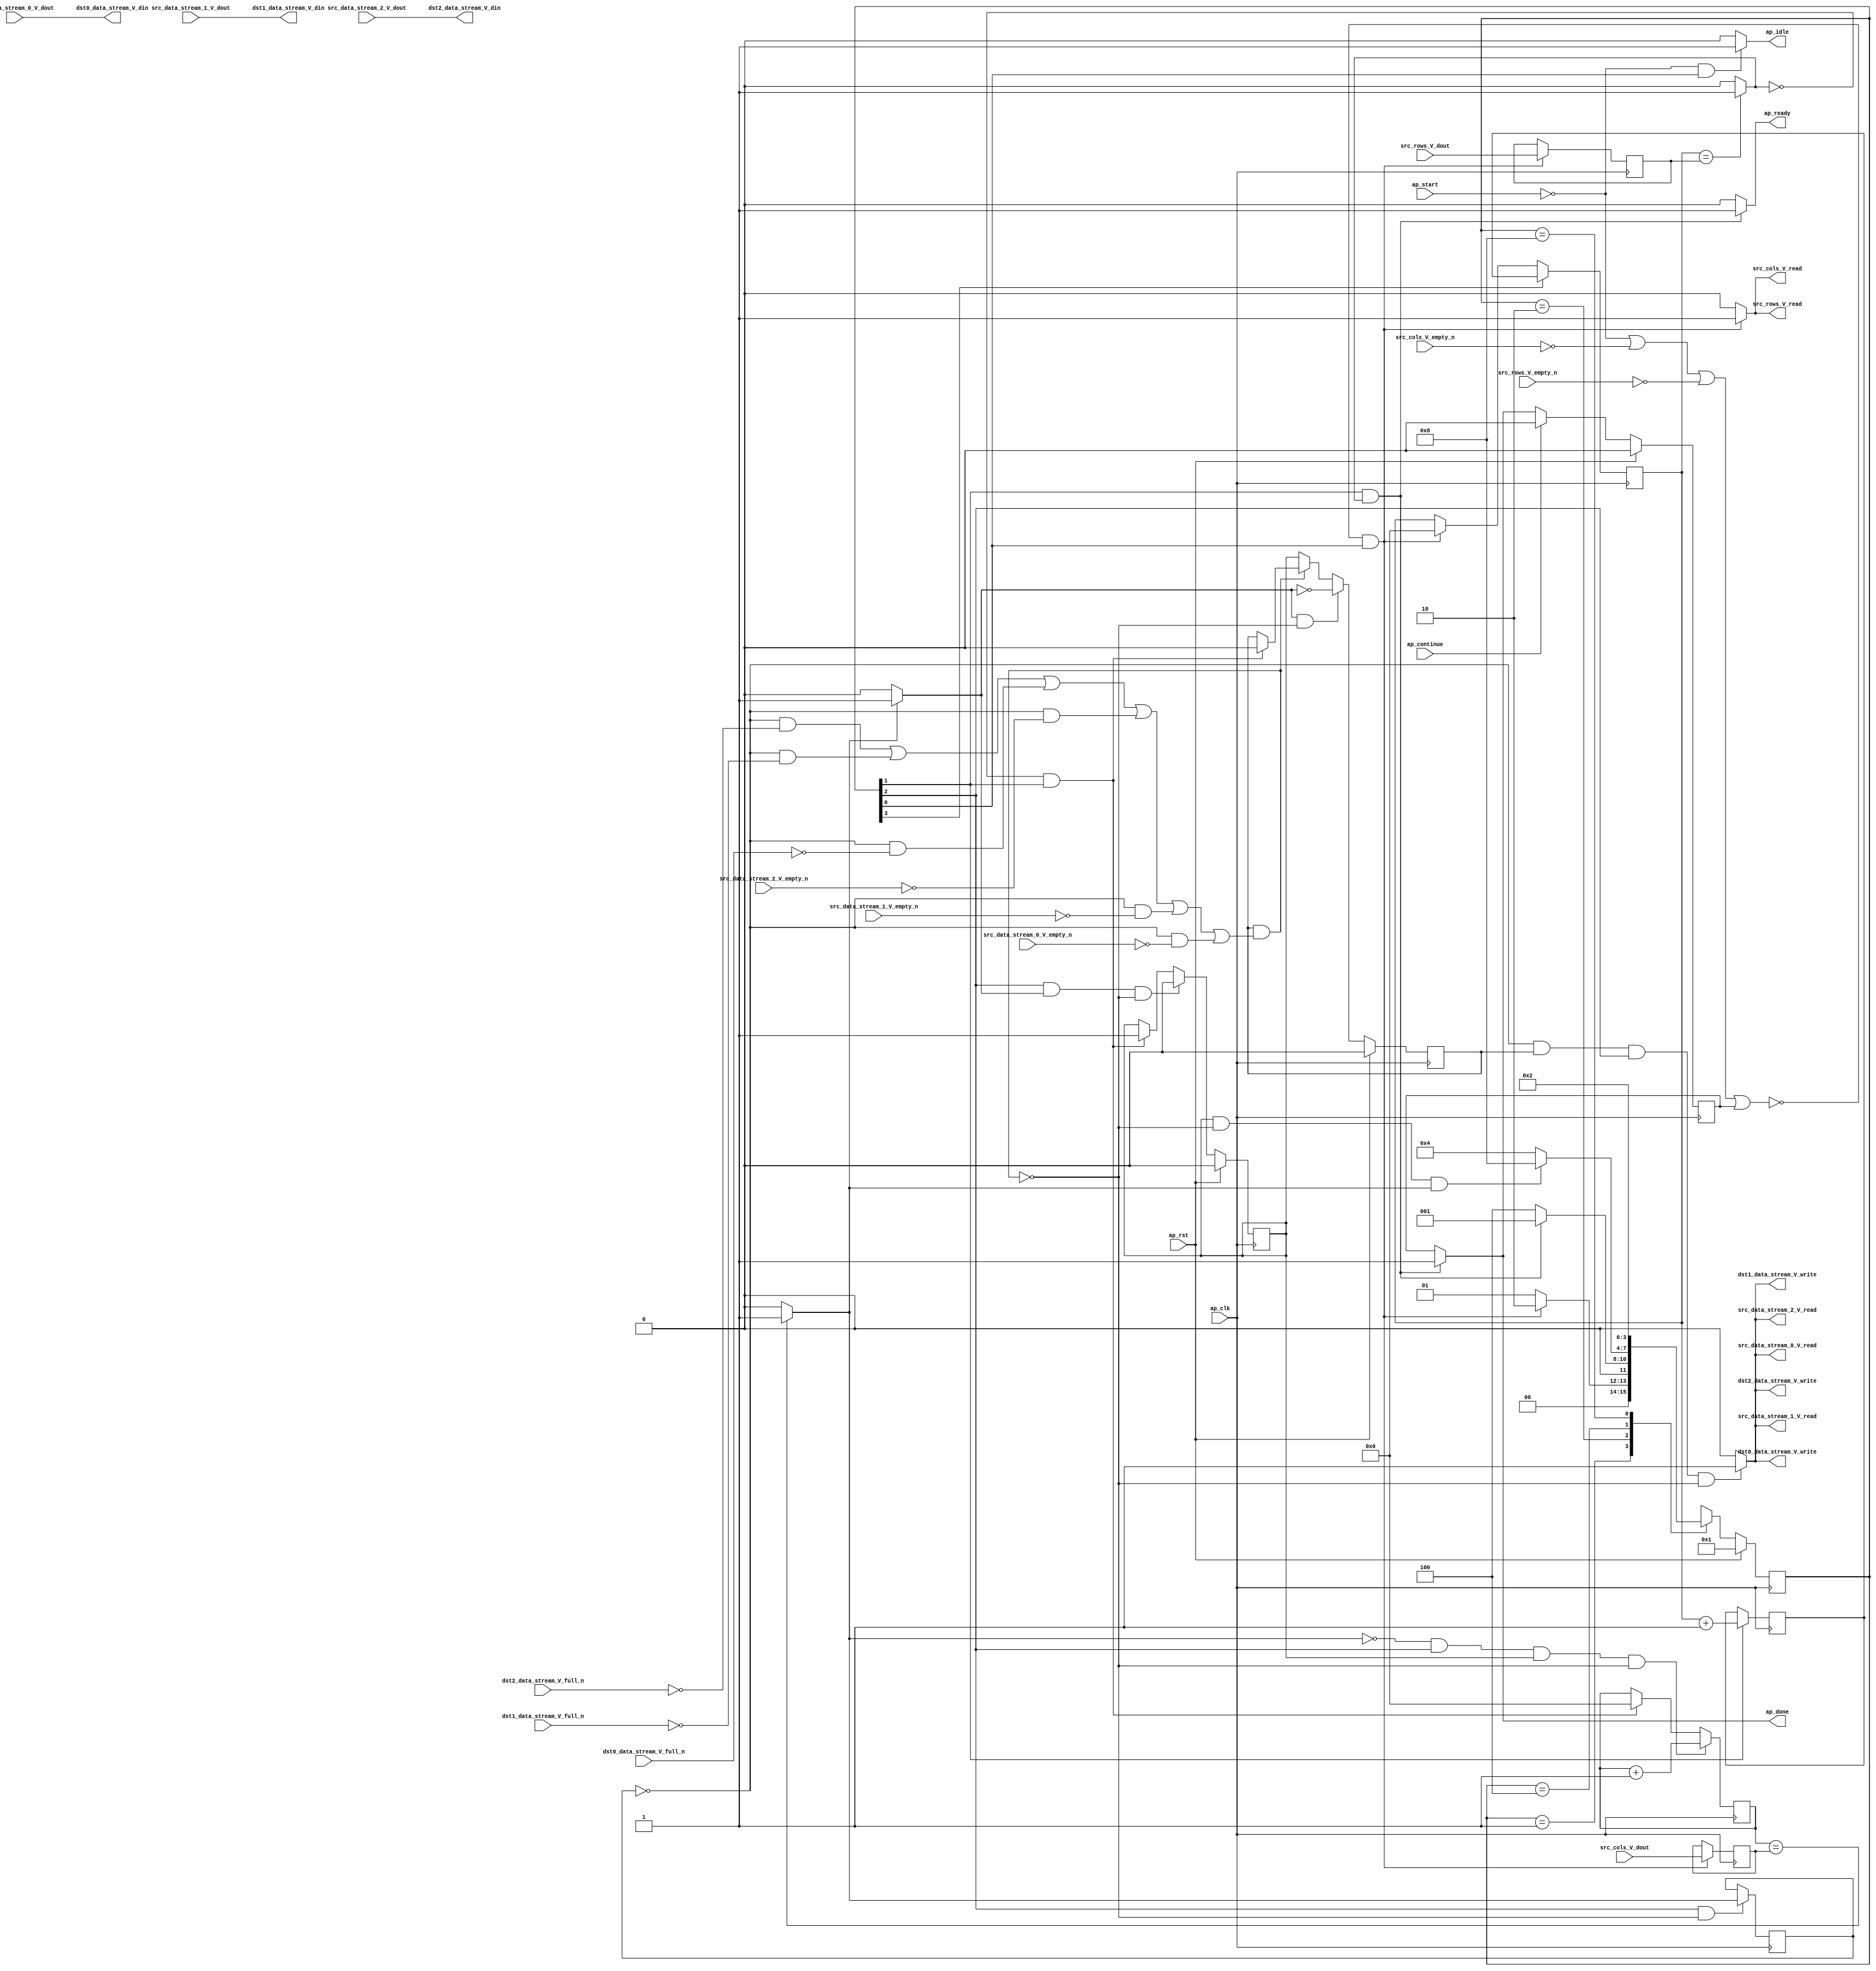
// ==============================================================
// RTL generated by Vivado(TM) HLS - High-Level Synthesis from C, C++ and SystemC
// Version: 2018.2
// Copyright (C) 1986-2018 Xilinx, Inc. All Rights Reserved.
// 
// ===========================================================

`timescale 1 ns / 1 ps 

module Split (
        ap_clk,
        ap_rst,
        ap_start,
        ap_done,
        ap_continue,
        ap_idle,
        ap_ready,
        src_rows_V_dout,
        src_rows_V_empty_n,
        src_rows_V_read,
        src_cols_V_dout,
        src_cols_V_empty_n,
        src_cols_V_read,
        src_data_stream_0_V_dout,
        src_data_stream_0_V_empty_n,
        src_data_stream_0_V_read,
        src_data_stream_1_V_dout,
        src_data_stream_1_V_empty_n,
        src_data_stream_1_V_read,
        src_data_stream_2_V_dout,
        src_data_stream_2_V_empty_n,
        src_data_stream_2_V_read,
        dst0_data_stream_V_din,
        dst0_data_stream_V_full_n,
        dst0_data_stream_V_write,
        dst1_data_stream_V_din,
        dst1_data_stream_V_full_n,
        dst1_data_stream_V_write,
        dst2_data_stream_V_din,
        dst2_data_stream_V_full_n,
        dst2_data_stream_V_write
);

parameter    ap_ST_fsm_state1 = 4'd1;
parameter    ap_ST_fsm_state2 = 4'd2;
parameter    ap_ST_fsm_pp0_stage0 = 4'd4;
parameter    ap_ST_fsm_state5 = 4'd8;

input   ap_clk;
input   ap_rst;
input   ap_start;
output   ap_done;
input   ap_continue;
output   ap_idle;
output   ap_ready;
input  [15:0] src_rows_V_dout;
input   src_rows_V_empty_n;
output   src_rows_V_read;
input  [15:0] src_cols_V_dout;
input   src_cols_V_empty_n;
output   src_cols_V_read;
input  [7:0] src_data_stream_0_V_dout;
input   src_data_stream_0_V_empty_n;
output   src_data_stream_0_V_read;
input  [7:0] src_data_stream_1_V_dout;
input   src_data_stream_1_V_empty_n;
output   src_data_stream_1_V_read;
input  [7:0] src_data_stream_2_V_dout;
input   src_data_stream_2_V_empty_n;
output   src_data_stream_2_V_read;
output  [7:0] dst0_data_stream_V_din;
input   dst0_data_stream_V_full_n;
output   dst0_data_stream_V_write;
output  [7:0] dst1_data_stream_V_din;
input   dst1_data_stream_V_full_n;
output   dst1_data_stream_V_write;
output  [7:0] dst2_data_stream_V_din;
input   dst2_data_stream_V_full_n;
output   dst2_data_stream_V_write;

reg ap_done;
reg ap_idle;
reg ap_ready;
reg src_rows_V_read;
reg src_cols_V_read;
reg src_data_stream_0_V_read;
reg src_data_stream_1_V_read;
reg src_data_stream_2_V_read;
reg dst0_data_stream_V_write;
reg dst1_data_stream_V_write;
reg dst2_data_stream_V_write;

reg    ap_done_reg;
(* fsm_encoding = "none" *) reg   [3:0] ap_CS_fsm;
wire    ap_CS_fsm_state1;
reg    src_rows_V_blk_n;
reg    src_cols_V_blk_n;
reg    src_data_stream_0_V_blk_n;
wire    ap_CS_fsm_pp0_stage0;
reg    ap_enable_reg_pp0_iter1;
wire    ap_block_pp0_stage0;
reg   [0:0] exitcond_i_reg_279;
reg    src_data_stream_1_V_blk_n;
reg    src_data_stream_2_V_blk_n;
reg    dst0_data_stream_V_blk_n;
reg    dst1_data_stream_V_blk_n;
reg    dst2_data_stream_V_blk_n;
reg   [15:0] t_V_4_reg_227;
reg   [15:0] src_rows_V_read_reg_260;
reg    ap_block_state1;
reg   [15:0] src_cols_V_read_reg_265;
wire   [0:0] exitcond5_i_fu_238_p2;
wire    ap_CS_fsm_state2;
wire   [15:0] i_V_fu_243_p2;
reg   [15:0] i_V_reg_274;
wire   [0:0] exitcond_i_fu_249_p2;
wire    ap_block_state3_pp0_stage0_iter0;
reg    ap_block_state4_pp0_stage0_iter1;
reg    ap_block_pp0_stage0_11001;
wire   [15:0] j_V_fu_254_p2;
reg    ap_enable_reg_pp0_iter0;
reg    ap_block_pp0_stage0_subdone;
reg    ap_condition_pp0_exit_iter0_state3;
reg   [15:0] t_V_reg_216;
wire    ap_CS_fsm_state5;
reg    ap_block_pp0_stage0_01001;
reg   [3:0] ap_NS_fsm;
reg    ap_idle_pp0;
wire    ap_enable_pp0;

// power-on initialization
initial begin
#0 ap_done_reg = 1'b0;
#0 ap_CS_fsm = 4'd1;
#0 ap_enable_reg_pp0_iter1 = 1'b0;
#0 ap_enable_reg_pp0_iter0 = 1'b0;
end

always @ (posedge ap_clk) begin
    if (ap_rst == 1'b1) begin
        ap_CS_fsm <= ap_ST_fsm_state1;
    end else begin
        ap_CS_fsm <= ap_NS_fsm;
    end
end

always @ (posedge ap_clk) begin
    if (ap_rst == 1'b1) begin
        ap_done_reg <= 1'b0;
    end else begin
        if ((ap_continue == 1'b1)) begin
            ap_done_reg <= 1'b0;
        end else if (((1'b1 == ap_CS_fsm_state2) & (exitcond5_i_fu_238_p2 == 1'd1))) begin
            ap_done_reg <= 1'b1;
        end
    end
end

always @ (posedge ap_clk) begin
    if (ap_rst == 1'b1) begin
        ap_enable_reg_pp0_iter0 <= 1'b0;
    end else begin
        if (((1'b1 == ap_CS_fsm_pp0_stage0) & (1'b1 == ap_condition_pp0_exit_iter0_state3) & (1'b0 == ap_block_pp0_stage0_subdone))) begin
            ap_enable_reg_pp0_iter0 <= 1'b0;
        end else if (((exitcond5_i_fu_238_p2 == 1'd0) & (1'b1 == ap_CS_fsm_state2))) begin
            ap_enable_reg_pp0_iter0 <= 1'b1;
        end
    end
end

always @ (posedge ap_clk) begin
    if (ap_rst == 1'b1) begin
        ap_enable_reg_pp0_iter1 <= 1'b0;
    end else begin
        if (((1'b1 == ap_condition_pp0_exit_iter0_state3) & (1'b0 == ap_block_pp0_stage0_subdone))) begin
            ap_enable_reg_pp0_iter1 <= (1'b1 ^ ap_condition_pp0_exit_iter0_state3);
        end else if ((1'b0 == ap_block_pp0_stage0_subdone)) begin
            ap_enable_reg_pp0_iter1 <= ap_enable_reg_pp0_iter0;
        end else if (((exitcond5_i_fu_238_p2 == 1'd0) & (1'b1 == ap_CS_fsm_state2))) begin
            ap_enable_reg_pp0_iter1 <= 1'b0;
        end
    end
end

always @ (posedge ap_clk) begin
    if (((exitcond_i_fu_249_p2 == 1'd0) & (1'b1 == ap_CS_fsm_pp0_stage0) & (ap_enable_reg_pp0_iter0 == 1'b1) & (1'b0 == ap_block_pp0_stage0_11001))) begin
        t_V_4_reg_227 <= j_V_fu_254_p2;
    end else if (((exitcond5_i_fu_238_p2 == 1'd0) & (1'b1 == ap_CS_fsm_state2))) begin
        t_V_4_reg_227 <= 16'd0;
    end
end

always @ (posedge ap_clk) begin
    if ((1'b1 == ap_CS_fsm_state5)) begin
        t_V_reg_216 <= i_V_reg_274;
    end else if ((~((ap_start == 1'b0) | (src_cols_V_empty_n == 1'b0) | (src_rows_V_empty_n == 1'b0) | (ap_done_reg == 1'b1)) & (1'b1 == ap_CS_fsm_state1))) begin
        t_V_reg_216 <= 16'd0;
    end
end

always @ (posedge ap_clk) begin
    if (((1'b1 == ap_CS_fsm_pp0_stage0) & (1'b0 == ap_block_pp0_stage0_11001))) begin
        exitcond_i_reg_279 <= exitcond_i_fu_249_p2;
    end
end

always @ (posedge ap_clk) begin
    if ((1'b1 == ap_CS_fsm_state2)) begin
        i_V_reg_274 <= i_V_fu_243_p2;
    end
end

always @ (posedge ap_clk) begin
    if ((~((ap_start == 1'b0) | (src_cols_V_empty_n == 1'b0) | (src_rows_V_empty_n == 1'b0) | (ap_done_reg == 1'b1)) & (1'b1 == ap_CS_fsm_state1))) begin
        src_cols_V_read_reg_265 <= src_cols_V_dout;
        src_rows_V_read_reg_260 <= src_rows_V_dout;
    end
end

always @ (*) begin
    if ((exitcond_i_fu_249_p2 == 1'd1)) begin
        ap_condition_pp0_exit_iter0_state3 = 1'b1;
    end else begin
        ap_condition_pp0_exit_iter0_state3 = 1'b0;
    end
end

always @ (*) begin
    if (((1'b1 == ap_CS_fsm_state2) & (exitcond5_i_fu_238_p2 == 1'd1))) begin
        ap_done = 1'b1;
    end else begin
        ap_done = ap_done_reg;
    end
end

always @ (*) begin
    if (((ap_start == 1'b0) & (1'b1 == ap_CS_fsm_state1))) begin
        ap_idle = 1'b1;
    end else begin
        ap_idle = 1'b0;
    end
end

always @ (*) begin
    if (((ap_enable_reg_pp0_iter1 == 1'b0) & (ap_enable_reg_pp0_iter0 == 1'b0))) begin
        ap_idle_pp0 = 1'b1;
    end else begin
        ap_idle_pp0 = 1'b0;
    end
end

always @ (*) begin
    if (((1'b1 == ap_CS_fsm_state2) & (exitcond5_i_fu_238_p2 == 1'd1))) begin
        ap_ready = 1'b1;
    end else begin
        ap_ready = 1'b0;
    end
end

always @ (*) begin
    if (((exitcond_i_reg_279 == 1'd0) & (1'b0 == ap_block_pp0_stage0) & (ap_enable_reg_pp0_iter1 == 1'b1) & (1'b1 == ap_CS_fsm_pp0_stage0))) begin
        dst0_data_stream_V_blk_n = dst0_data_stream_V_full_n;
    end else begin
        dst0_data_stream_V_blk_n = 1'b1;
    end
end

always @ (*) begin
    if (((exitcond_i_reg_279 == 1'd0) & (ap_enable_reg_pp0_iter1 == 1'b1) & (1'b1 == ap_CS_fsm_pp0_stage0) & (1'b0 == ap_block_pp0_stage0_11001))) begin
        dst0_data_stream_V_write = 1'b1;
    end else begin
        dst0_data_stream_V_write = 1'b0;
    end
end

always @ (*) begin
    if (((exitcond_i_reg_279 == 1'd0) & (1'b0 == ap_block_pp0_stage0) & (ap_enable_reg_pp0_iter1 == 1'b1) & (1'b1 == ap_CS_fsm_pp0_stage0))) begin
        dst1_data_stream_V_blk_n = dst1_data_stream_V_full_n;
    end else begin
        dst1_data_stream_V_blk_n = 1'b1;
    end
end

always @ (*) begin
    if (((exitcond_i_reg_279 == 1'd0) & (ap_enable_reg_pp0_iter1 == 1'b1) & (1'b1 == ap_CS_fsm_pp0_stage0) & (1'b0 == ap_block_pp0_stage0_11001))) begin
        dst1_data_stream_V_write = 1'b1;
    end else begin
        dst1_data_stream_V_write = 1'b0;
    end
end

always @ (*) begin
    if (((exitcond_i_reg_279 == 1'd0) & (1'b0 == ap_block_pp0_stage0) & (ap_enable_reg_pp0_iter1 == 1'b1) & (1'b1 == ap_CS_fsm_pp0_stage0))) begin
        dst2_data_stream_V_blk_n = dst2_data_stream_V_full_n;
    end else begin
        dst2_data_stream_V_blk_n = 1'b1;
    end
end

always @ (*) begin
    if (((exitcond_i_reg_279 == 1'd0) & (ap_enable_reg_pp0_iter1 == 1'b1) & (1'b1 == ap_CS_fsm_pp0_stage0) & (1'b0 == ap_block_pp0_stage0_11001))) begin
        dst2_data_stream_V_write = 1'b1;
    end else begin
        dst2_data_stream_V_write = 1'b0;
    end
end

always @ (*) begin
    if ((~((ap_start == 1'b0) | (ap_done_reg == 1'b1)) & (1'b1 == ap_CS_fsm_state1))) begin
        src_cols_V_blk_n = src_cols_V_empty_n;
    end else begin
        src_cols_V_blk_n = 1'b1;
    end
end

always @ (*) begin
    if ((~((ap_start == 1'b0) | (src_cols_V_empty_n == 1'b0) | (src_rows_V_empty_n == 1'b0) | (ap_done_reg == 1'b1)) & (1'b1 == ap_CS_fsm_state1))) begin
        src_cols_V_read = 1'b1;
    end else begin
        src_cols_V_read = 1'b0;
    end
end

always @ (*) begin
    if (((exitcond_i_reg_279 == 1'd0) & (1'b0 == ap_block_pp0_stage0) & (ap_enable_reg_pp0_iter1 == 1'b1) & (1'b1 == ap_CS_fsm_pp0_stage0))) begin
        src_data_stream_0_V_blk_n = src_data_stream_0_V_empty_n;
    end else begin
        src_data_stream_0_V_blk_n = 1'b1;
    end
end

always @ (*) begin
    if (((exitcond_i_reg_279 == 1'd0) & (ap_enable_reg_pp0_iter1 == 1'b1) & (1'b1 == ap_CS_fsm_pp0_stage0) & (1'b0 == ap_block_pp0_stage0_11001))) begin
        src_data_stream_0_V_read = 1'b1;
    end else begin
        src_data_stream_0_V_read = 1'b0;
    end
end

always @ (*) begin
    if (((exitcond_i_reg_279 == 1'd0) & (1'b0 == ap_block_pp0_stage0) & (ap_enable_reg_pp0_iter1 == 1'b1) & (1'b1 == ap_CS_fsm_pp0_stage0))) begin
        src_data_stream_1_V_blk_n = src_data_stream_1_V_empty_n;
    end else begin
        src_data_stream_1_V_blk_n = 1'b1;
    end
end

always @ (*) begin
    if (((exitcond_i_reg_279 == 1'd0) & (ap_enable_reg_pp0_iter1 == 1'b1) & (1'b1 == ap_CS_fsm_pp0_stage0) & (1'b0 == ap_block_pp0_stage0_11001))) begin
        src_data_stream_1_V_read = 1'b1;
    end else begin
        src_data_stream_1_V_read = 1'b0;
    end
end

always @ (*) begin
    if (((exitcond_i_reg_279 == 1'd0) & (1'b0 == ap_block_pp0_stage0) & (ap_enable_reg_pp0_iter1 == 1'b1) & (1'b1 == ap_CS_fsm_pp0_stage0))) begin
        src_data_stream_2_V_blk_n = src_data_stream_2_V_empty_n;
    end else begin
        src_data_stream_2_V_blk_n = 1'b1;
    end
end

always @ (*) begin
    if (((exitcond_i_reg_279 == 1'd0) & (ap_enable_reg_pp0_iter1 == 1'b1) & (1'b1 == ap_CS_fsm_pp0_stage0) & (1'b0 == ap_block_pp0_stage0_11001))) begin
        src_data_stream_2_V_read = 1'b1;
    end else begin
        src_data_stream_2_V_read = 1'b0;
    end
end

always @ (*) begin
    if ((~((ap_start == 1'b0) | (ap_done_reg == 1'b1)) & (1'b1 == ap_CS_fsm_state1))) begin
        src_rows_V_blk_n = src_rows_V_empty_n;
    end else begin
        src_rows_V_blk_n = 1'b1;
    end
end

always @ (*) begin
    if ((~((ap_start == 1'b0) | (src_cols_V_empty_n == 1'b0) | (src_rows_V_empty_n == 1'b0) | (ap_done_reg == 1'b1)) & (1'b1 == ap_CS_fsm_state1))) begin
        src_rows_V_read = 1'b1;
    end else begin
        src_rows_V_read = 1'b0;
    end
end

always @ (*) begin
    case (ap_CS_fsm)
        ap_ST_fsm_state1 : begin
            if ((~((ap_start == 1'b0) | (src_cols_V_empty_n == 1'b0) | (src_rows_V_empty_n == 1'b0) | (ap_done_reg == 1'b1)) & (1'b1 == ap_CS_fsm_state1))) begin
                ap_NS_fsm = ap_ST_fsm_state2;
            end else begin
                ap_NS_fsm = ap_ST_fsm_state1;
            end
        end
        ap_ST_fsm_state2 : begin
            if (((1'b1 == ap_CS_fsm_state2) & (exitcond5_i_fu_238_p2 == 1'd1))) begin
                ap_NS_fsm = ap_ST_fsm_state1;
            end else begin
                ap_NS_fsm = ap_ST_fsm_pp0_stage0;
            end
        end
        ap_ST_fsm_pp0_stage0 : begin
            if (~((ap_enable_reg_pp0_iter0 == 1'b1) & (1'b0 == ap_block_pp0_stage0_subdone) & (exitcond_i_fu_249_p2 == 1'd1))) begin
                ap_NS_fsm = ap_ST_fsm_pp0_stage0;
            end else if (((ap_enable_reg_pp0_iter0 == 1'b1) & (1'b0 == ap_block_pp0_stage0_subdone) & (exitcond_i_fu_249_p2 == 1'd1))) begin
                ap_NS_fsm = ap_ST_fsm_state5;
            end else begin
                ap_NS_fsm = ap_ST_fsm_pp0_stage0;
            end
        end
        ap_ST_fsm_state5 : begin
            ap_NS_fsm = ap_ST_fsm_state2;
        end
        default : begin
            ap_NS_fsm = 'bx;
        end
    endcase
end

assign ap_CS_fsm_pp0_stage0 = ap_CS_fsm[32'd2];

assign ap_CS_fsm_state1 = ap_CS_fsm[32'd0];

assign ap_CS_fsm_state2 = ap_CS_fsm[32'd1];

assign ap_CS_fsm_state5 = ap_CS_fsm[32'd3];

assign ap_block_pp0_stage0 = ~(1'b1 == 1'b1);

always @ (*) begin
    ap_block_pp0_stage0_01001 = ((ap_enable_reg_pp0_iter1 == 1'b1) & (((exitcond_i_reg_279 == 1'd0) & (dst2_data_stream_V_full_n == 1'b0)) | ((exitcond_i_reg_279 == 1'd0) & (dst1_data_stream_V_full_n == 1'b0)) | ((exitcond_i_reg_279 == 1'd0) & (dst0_data_stream_V_full_n == 1'b0)) | ((exitcond_i_reg_279 == 1'd0) & (src_data_stream_2_V_empty_n == 1'b0)) | ((exitcond_i_reg_279 == 1'd0) & (src_data_stream_1_V_empty_n == 1'b0)) | ((exitcond_i_reg_279 == 1'd0) & (src_data_stream_0_V_empty_n == 1'b0))));
end

always @ (*) begin
    ap_block_pp0_stage0_11001 = ((ap_enable_reg_pp0_iter1 == 1'b1) & (((exitcond_i_reg_279 == 1'd0) & (dst2_data_stream_V_full_n == 1'b0)) | ((exitcond_i_reg_279 == 1'd0) & (dst1_data_stream_V_full_n == 1'b0)) | ((exitcond_i_reg_279 == 1'd0) & (dst0_data_stream_V_full_n == 1'b0)) | ((exitcond_i_reg_279 == 1'd0) & (src_data_stream_2_V_empty_n == 1'b0)) | ((exitcond_i_reg_279 == 1'd0) & (src_data_stream_1_V_empty_n == 1'b0)) | ((exitcond_i_reg_279 == 1'd0) & (src_data_stream_0_V_empty_n == 1'b0))));
end

always @ (*) begin
    ap_block_pp0_stage0_subdone = ((ap_enable_reg_pp0_iter1 == 1'b1) & (((exitcond_i_reg_279 == 1'd0) & (dst2_data_stream_V_full_n == 1'b0)) | ((exitcond_i_reg_279 == 1'd0) & (dst1_data_stream_V_full_n == 1'b0)) | ((exitcond_i_reg_279 == 1'd0) & (dst0_data_stream_V_full_n == 1'b0)) | ((exitcond_i_reg_279 == 1'd0) & (src_data_stream_2_V_empty_n == 1'b0)) | ((exitcond_i_reg_279 == 1'd0) & (src_data_stream_1_V_empty_n == 1'b0)) | ((exitcond_i_reg_279 == 1'd0) & (src_data_stream_0_V_empty_n == 1'b0))));
end

always @ (*) begin
    ap_block_state1 = ((ap_start == 1'b0) | (src_cols_V_empty_n == 1'b0) | (src_rows_V_empty_n == 1'b0) | (ap_done_reg == 1'b1));
end

assign ap_block_state3_pp0_stage0_iter0 = ~(1'b1 == 1'b1);

always @ (*) begin
    ap_block_state4_pp0_stage0_iter1 = (((exitcond_i_reg_279 == 1'd0) & (dst2_data_stream_V_full_n == 1'b0)) | ((exitcond_i_reg_279 == 1'd0) & (dst1_data_stream_V_full_n == 1'b0)) | ((exitcond_i_reg_279 == 1'd0) & (dst0_data_stream_V_full_n == 1'b0)) | ((exitcond_i_reg_279 == 1'd0) & (src_data_stream_2_V_empty_n == 1'b0)) | ((exitcond_i_reg_279 == 1'd0) & (src_data_stream_1_V_empty_n == 1'b0)) | ((exitcond_i_reg_279 == 1'd0) & (src_data_stream_0_V_empty_n == 1'b0)));
end

assign ap_enable_pp0 = (ap_idle_pp0 ^ 1'b1);

assign dst0_data_stream_V_din = src_data_stream_0_V_dout;

assign dst1_data_stream_V_din = src_data_stream_1_V_dout;

assign dst2_data_stream_V_din = src_data_stream_2_V_dout;

assign exitcond5_i_fu_238_p2 = ((t_V_reg_216 == src_rows_V_read_reg_260) ? 1'b1 : 1'b0);

assign exitcond_i_fu_249_p2 = ((t_V_4_reg_227 == src_cols_V_read_reg_265) ? 1'b1 : 1'b0);

assign i_V_fu_243_p2 = (t_V_reg_216 + 16'd1);

assign j_V_fu_254_p2 = (t_V_4_reg_227 + 16'd1);

endmodule //Split